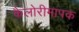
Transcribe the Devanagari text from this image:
कैलोरीमापक